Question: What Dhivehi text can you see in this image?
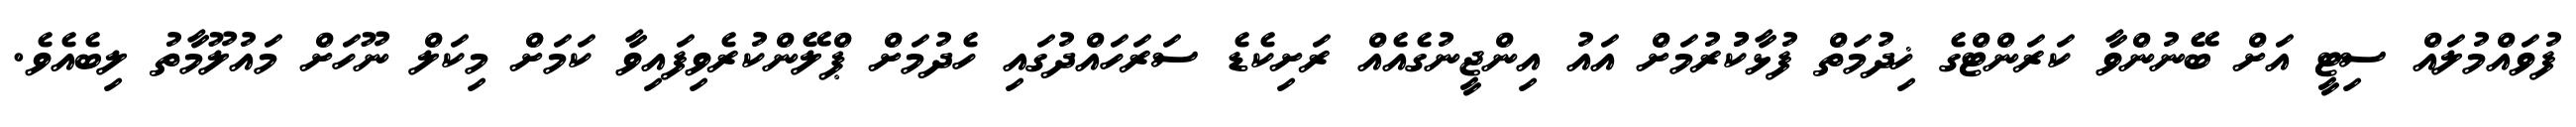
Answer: ފުވައްމުލައް ސިޓީ އަށް ބޭނުންވާ ކަރަންޓްގެ ޚިދުމަތް ފުޅާކުުރުމަށް އައު އިންޖީނުގެއެއް ރަށިކެޑެ ސަރަހައްދުގައި ހެދުމަށް ޕްލޭންކުރެވިފައިވާ ކަމަށް މިކަލް ނޫހަށް މައުލޫމާތު ލިބެއެވެ.